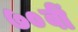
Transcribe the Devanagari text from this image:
७०वीं